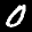
Label: 0